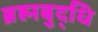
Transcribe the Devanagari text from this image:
ब्रह्मबुद्धि